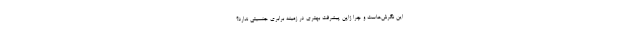
این نگرش‌هاست و چرا ژاپن پیشرفت بهتری در زمینه برابری جنسیتی ندارد؟